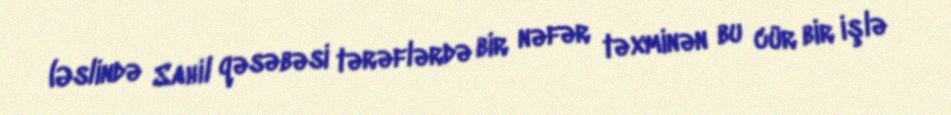
(Əslində Sahil qəsəbəsi tərəflərdə bir nəfər təxminən bu cür bir işlə